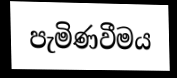
පැමිණවීමය